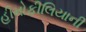
હીમોફીલિયાની